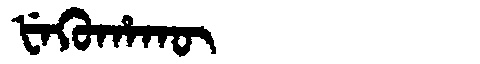
Manchu: ᡶᡝᡴᡠᡥᠠᡴᡡ
Romanization: FEKUHAKŪ